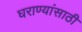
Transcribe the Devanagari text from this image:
घराण्यांसाठी